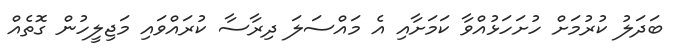
ބަދަލު ކުރުމަށް ހުށަހަޅުއްވާ ކަމަށާއި އެ މައްސަލަ ދިރާސާ ކުރައްވައި މަޖިލީހުން ގޮތެއް